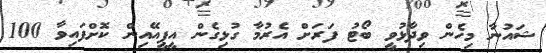
ޝައުނާ މިހެން ވިދާޅުވީ ބޯޓު ފަރަށް އެރުމާ ގުޅިގެން އީޕީއޭއިން ކޮށްފައިވާ 100